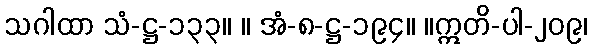
သဂါထာ သံ-ဋ္ဌ-၁၃၃။ ။ အံ-၈-ဋ္ဌ-၁၉၄။ ။ဣတိ-ပါ-၂၀၉၊